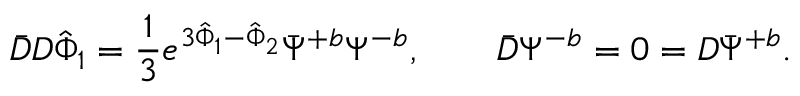
\bar { D } D { \hat { \Phi } } _ { 1 } = { \frac { 1 } { 3 } } e ^ { 3 { \hat { \Phi } } _ { 1 } - { \hat { \Phi } } _ { 2 } } \bar { \Psi } ^ { + b } \Psi ^ { - b } , \qquad \bar { D } \Psi ^ { - b } = 0 = D \bar { \Psi } ^ { + b } .